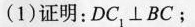
(1)证明：DC_{1}⊥BC；